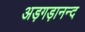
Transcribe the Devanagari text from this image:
अड़गड़ानन्द